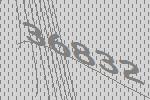
36832